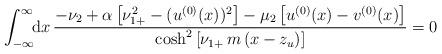
LaTeX: \begin{align*}\int_{-\infty}^\infty\!\!{\rm d}x\,\frac{-\nu_2 +\alpha\left[\nu_{1+}^2-(u^{(0)}(x))^2\right]-\mu_2\left[u^{(0)}(x)-v^{(0)}(x)\right]}{\cosh^2\left[\nu_{1+}\,m\,(x-z_u)\right]}=0\end{align*}